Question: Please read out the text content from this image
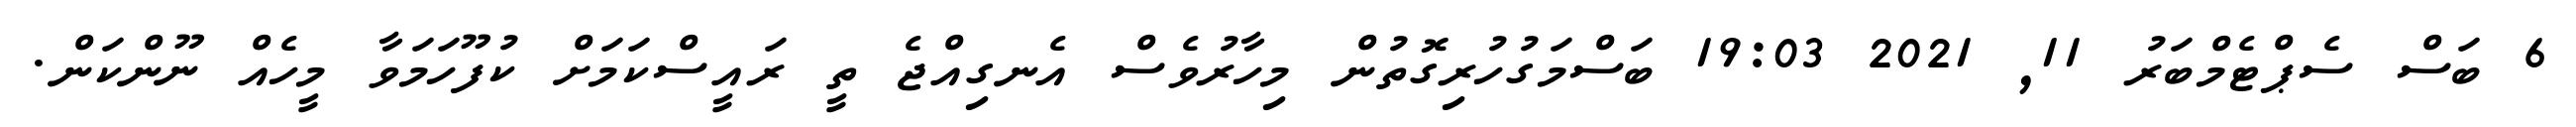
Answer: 6 ބަސް ސެޕްޓެމްބަރު 11, 2021 19:03 ބަސްމަގުހުރިގޮތުން މިހާރުވެސް އެނގިއްޖެ ތީ ރައީސްކަމަށް ކުފޫހަމަވާ މީހެއް ނޫންކަން.